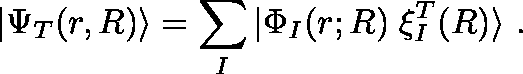
| \Psi _ { T } ( r , R ) \rangle = \sum _ { I } | \Phi _ { I } ( r ; R ) \; \mathbf { \xi } _ { I } ^ { T } ( R ) \rangle ~ .